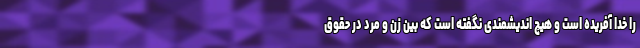
را خدا آفریده است و هیچ اندیشمندی نگفته است که بین زن و مرد در حقوق